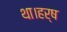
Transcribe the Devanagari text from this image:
था।हर्ष